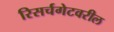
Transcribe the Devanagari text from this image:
रिसर्चगेटवरील